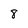
Character: 8